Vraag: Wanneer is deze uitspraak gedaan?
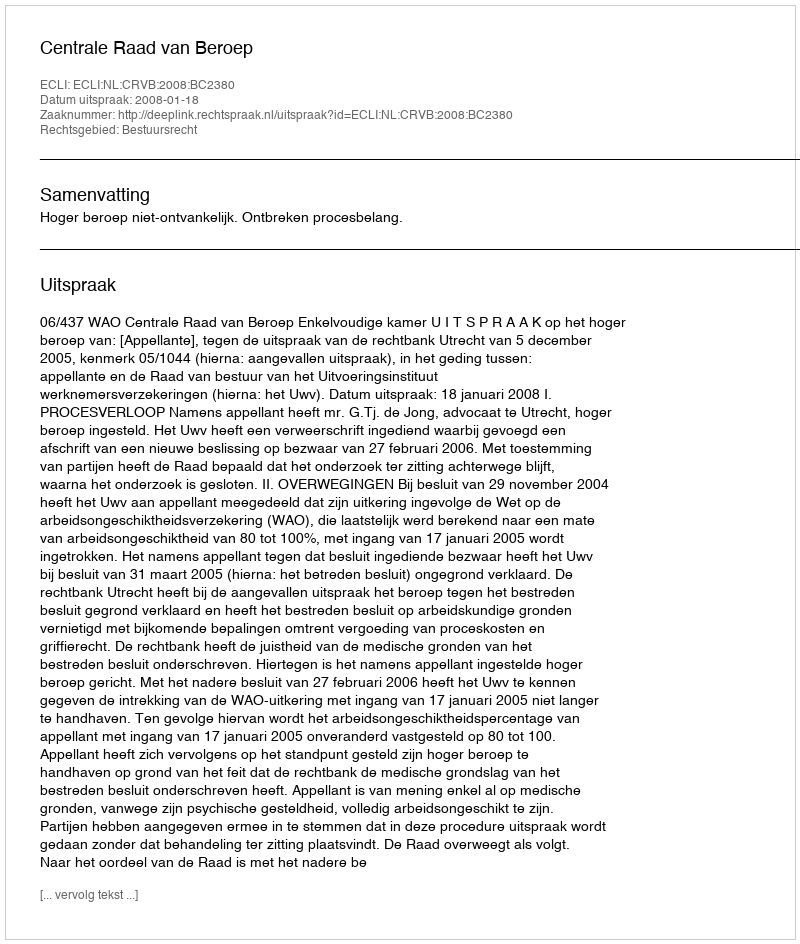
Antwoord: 2008-01-18